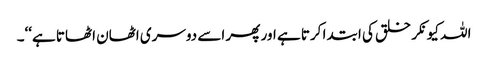
اللہ کیونکر خلق کی ابتدا کرتا ہے اور پھر اسے دوسری اٹھان اٹھاتا ہے‘‘۔